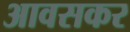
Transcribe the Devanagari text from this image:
आवसकर